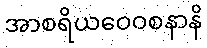
အာစရိယဝေဝစနာနိ